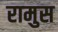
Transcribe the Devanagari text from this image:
रामुस